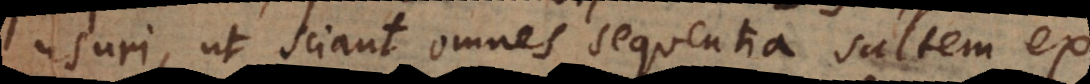
usuri, ut sciant omnes sequentia saltem ex